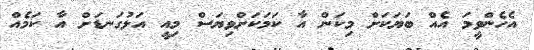
އެހެންވީމަ އެއް ބަޔަކަށް މިކަން އާ ކަމަކަށްވިޔަސް މިއީ އަޅުގަނޑަށް އާ ކަމެއް